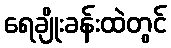
ရေချိုးခန်းထဲတွင်